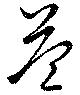
益